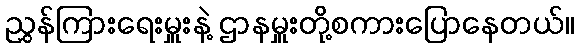
ညွှန်ကြားရေးမှူးနဲ့ ဌာနမှူးတို့စကားပြောနေတယ်။